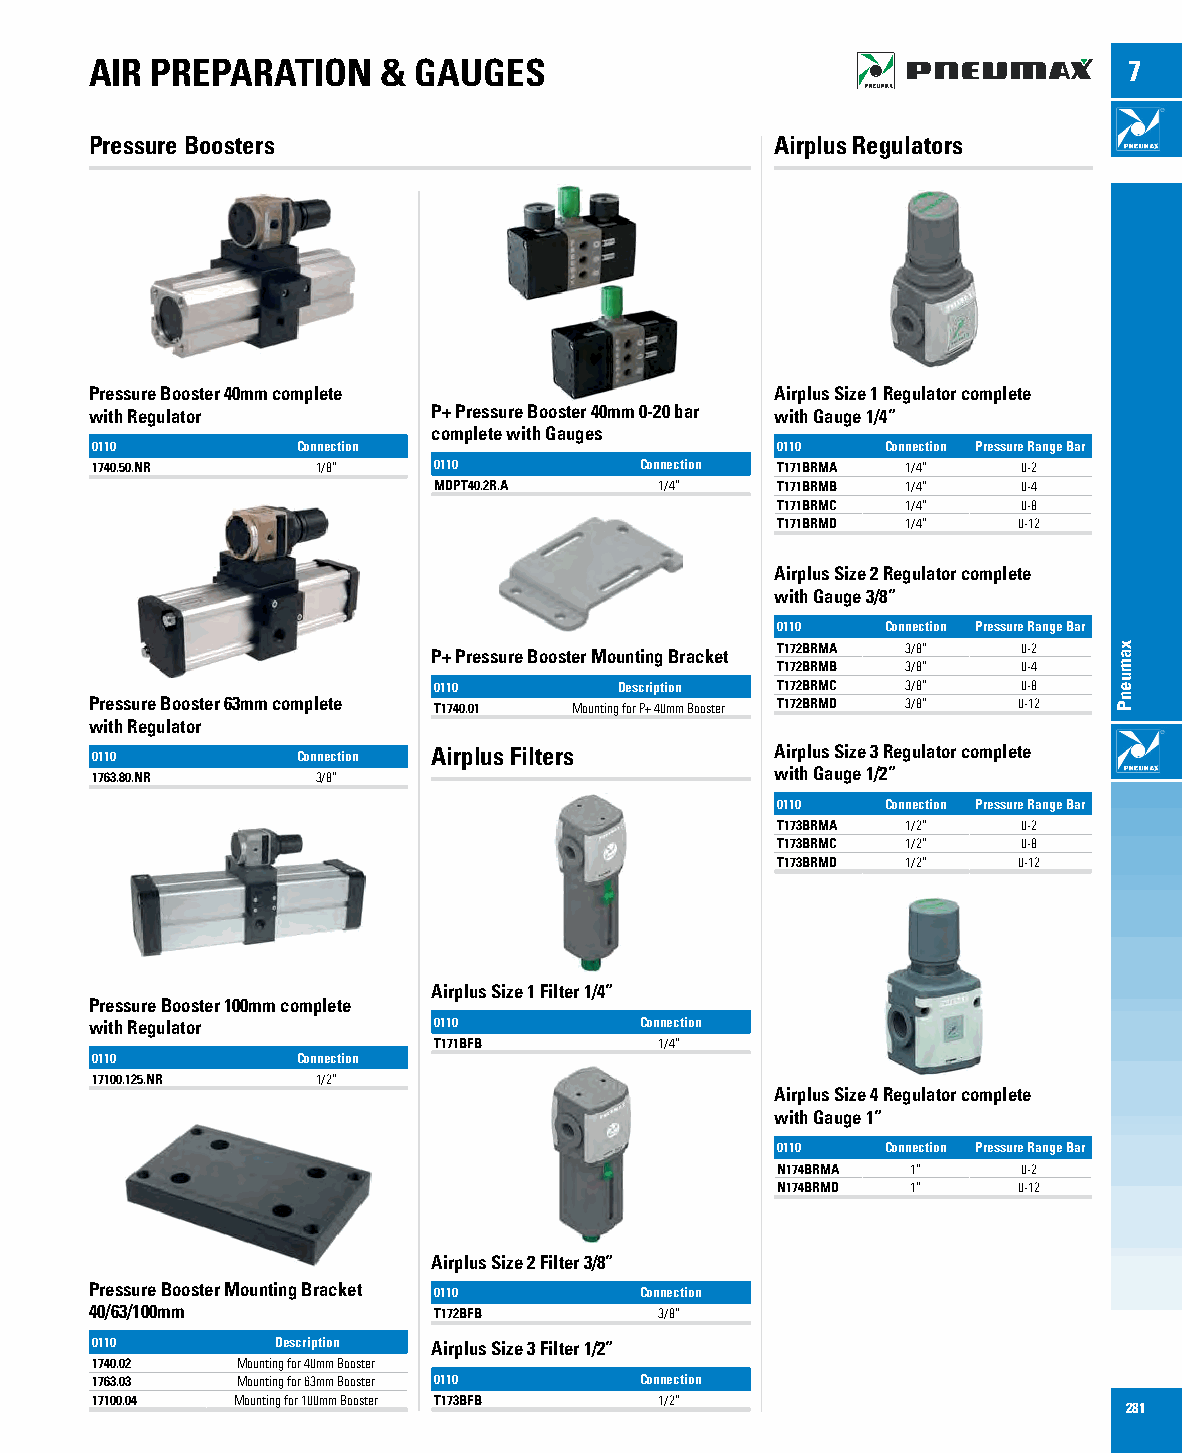
AIR PREPARATION    & GAUGES                                          7
 Pressure Boosters                            Airplus Regulators
 Pressure Booster 40mm complete               Airplus Size 1 Regulator complete
 with Regulator         P+ Pressure Booster 40mm 0-20 bar with Gauge 1/4”
 complete with Gauges
 0110          Connection                     0110    Connection Pressure Range Bar
 1740.50.NR     1/8”    0110         Connection T171BRMA 1/4”  0-2
 MDPT40.2R.A    1/4”   T171BRMB 1/4”    0-4
 T171BRMC 1/4”    0-8
 T171BRMD 1/4”   0-12
 Airplus Size 2 Regulator complete
 with Gauge 3/8”
 0110    Connection Pressure Range Bar
 T172BRMA 3/8”    0-2
 P+ Pressure Booster Mounting Bracket
 T172BRMB 3/8”    0-4
 0110        Description T172BRMC 3/8”  0-8
 Pressure Booster 63mm complete T1740.01 Mounting for P+ 40mm Booster T172BRMD 3/8” 0-12
 with Regulator
 0110          Connection Airplus Filters     Airplus Size 3 Regulator complete
 with Gauge 1/2”
 1763.80.NR     3/8”
 0110    Connection Pressure Range Bar
 T173BRMA 1/2”    0-2
 T173BRMC 1/2”    0-8
 T173BRMD 1/2”   0-12
 Airplus Size 1 Filter 1/4”
 Pressure Booster 100mm complete
 with Regulator         0110         Connection
 T171BFB        1/4”
 0110          Connection
 17100.125.NR   1/2”
 Airplus Size 4 Regulator complete
 with Gauge 1”
 0110    Connection Pressure Range Bar
 N174BRMA 1”      0-2
 N174BRMD 1”     0-12
 Airplus Size 2 Filter 3/8”
 Pressure Booster Mounting Bracket 0110 Connection
 40/63/100mm            T172BFB        3/8”
 0110        Description Airplus Size 3 Filter 1/2”
 1740.02   Mounting for 40mm Booster
 1763.03   Mounting for 63mm Booster 0110 Connection
 17100.04 Mounting for 100mm Booster T173BFB 1/2”
 281
 xamuenP